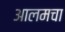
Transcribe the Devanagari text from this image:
आलमचा